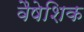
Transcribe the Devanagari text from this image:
वैषेशिक